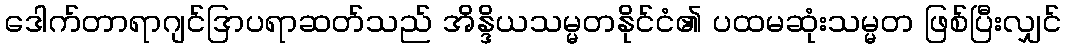
ဒေါက်တာရာဂျင်ဒြာပရာဆတ်သည် အိန္ဒိယသမ္မတနိုင်ငံ၏ ပထမဆုံးသမ္မတ ဖြစ်ပြီးလျှင်